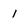
Character: 1